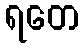
ရတေ